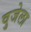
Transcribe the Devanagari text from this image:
वुजेला